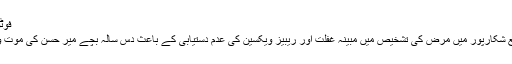
فوٹو: اے ایف پی
سندھ کے ضلع شکارپور میں مرض کی تشخیص میں مبینہ غفلت اور ریبیز ویکسین کی عدم دستیابی کے باعث دس سالہ بچے میر حسن کی موت واقع ہوئی ہے۔